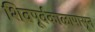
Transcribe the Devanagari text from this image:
शिवपूर्वकाळापासून